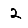
Digit: 2